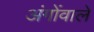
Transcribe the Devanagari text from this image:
अंगोंवाले